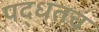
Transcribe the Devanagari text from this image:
पद्धतच